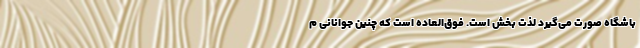
باشگاه صورت می‌گیرد لذت بخش است. فوق‌العاده است که چنین جوانانی م